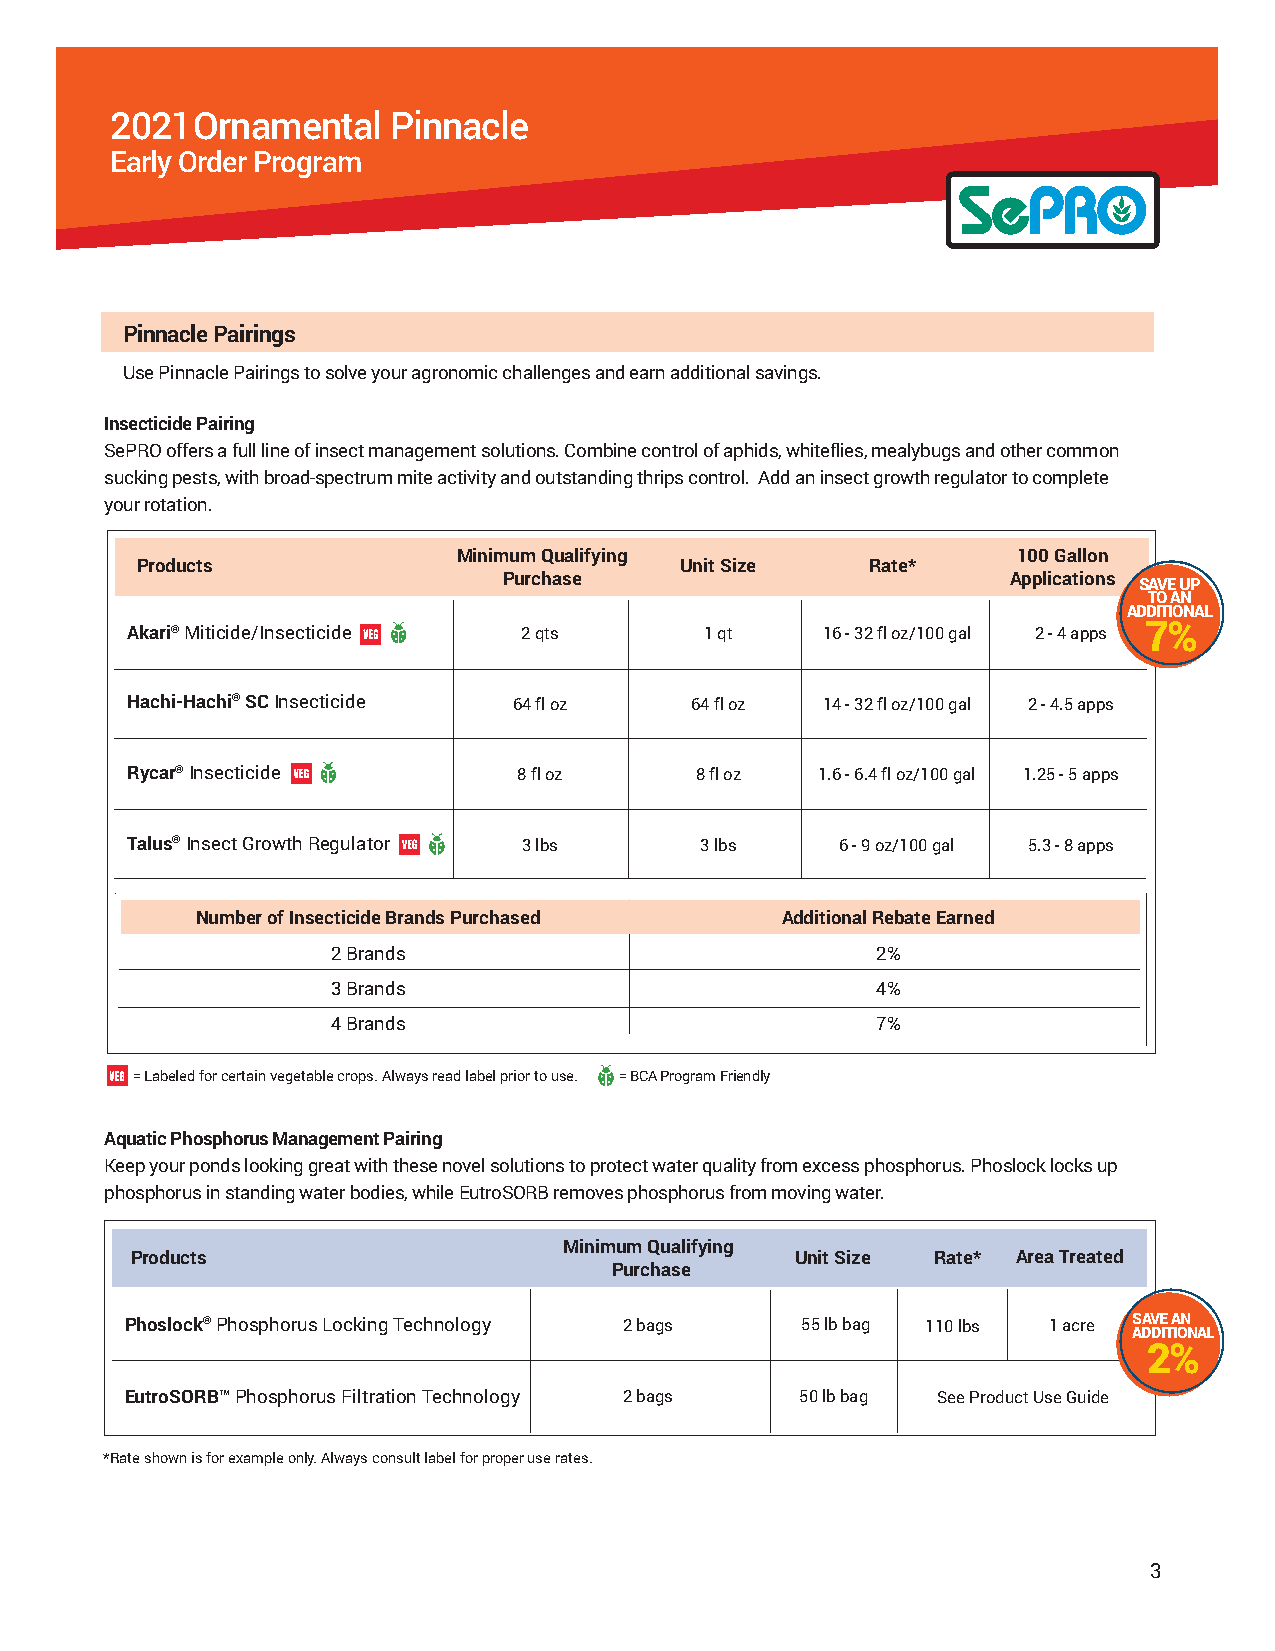
2021  Ornamental   Pinnacle
 Early Order Program
 Pinnacle Pairings
 Use Pinnacle Pairings to solve your agronomic challenges and earn additional savings.
 Insecticide Pairing
 SePRO offers a full line of insect management solutions. Combine control of aphids, whiteflies, mealybugs and other common
 sucking pests, with broad-spectrum mite activity and outstanding thrips control. Add an insect growth regulator to complete
 your rotation.
 Minimum Qualifying                   100 Gallon
 Products                            Unit Size    Rate*
 Purchase                          Applications
 SAVE UP
 TO AN
 ADDITIONAL
 Akari® Miticide/Insecticide 2 qts      1 qt   16 - 32 fl oz/100 gal 2 - 4 apps 7%
 Hachi-Hachi® SC Insecticide 64 fl oz  64 fl oz 14 - 32 fl oz/100 gal 2 - 4.5 apps
 Rycar® Insecticide        8 fl oz     8 fl oz 1.6 - 6.4 fl oz/100 gal 1.25 - 5 apps
 Talus® Insect Growth Regulator 3 lbs  3 lbs     6 - 9 oz/100 gal 5.3 - 8 apps
 Number of Insecticide Brands Purchased Additional Rebate Earned
 2 Brands                            2%
 3 Brands                            4%
 4 Brands                            7%
 = Labeled for certain vegetable crops. Always read label prior to use. = BCA Program Friendly
 Aquatic Phosphorus Management Pairing
 Keep your ponds looking great with these novel solutions to protect water quality from excess phosphorus. Phoslock locks up
 phosphorus in standing water bodies, while EutroSORB removes phosphorus from moving water.
 Minimum Qualifying
 Products                                    Unit Size Rate* Area Treated
 Purchase
 Phoslock® Phosphorus Locking Technology 2 bags 55 lb bag 110 lbs 1 acre S AA DV DE IT A ION NAL
 2%
 EutroSORB™ Phosphorus Filtration Technology 2 bags 50 lb bag See Product Use Guide
 *Rate shown is for example only. Always consult label for proper use rates.
 3